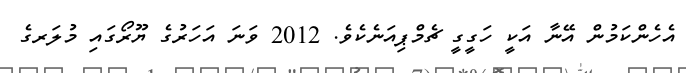
އެހެންކަމުން އޭނާ އަކީ ހަގީގީ ޗެމްޕިއަނެކެވެ. 2012 ވަނަ އަހަރުގެ ޔޫރޯގައި މުލަރގެ